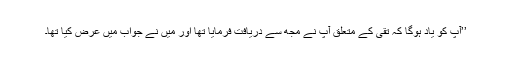
’’آپ کو یاد ہوگا کہ تقی کے متعلق آپ نے مجھ سے دریافت فرمایا تھا اور میں نے جواب میں عرض کیا تھا۔